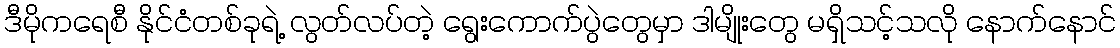
ဒီမိုကရေစီ နိုင်ငံတစ်ခုရဲ့ လွတ်လပ်တဲ့ ရွေးကောက်ပွဲတွေမှာ ဒါမျိုးတွေ မရှိသင့်သလို နောက်နောင်